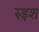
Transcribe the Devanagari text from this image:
रुइश